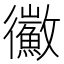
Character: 鰴